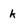
Character: k